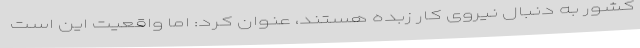
کشور به دنبال نیروی کار زبده هستند، عنوان کرد: اما واقعیت این است